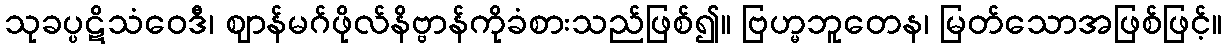
သုခပ္ပဋိသံဝေဒီ၊ ဈာန်မဂ်ဖိုလ်နိဗ္ဗာန်ကိုခံစားသည်ဖြစ်၍။ ဗြဟ္မဘူတေန၊ မြတ်သောအဖြစ်ဖြင့်။